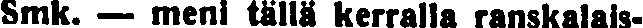
Smk. — meni tällä kerralla ranskalais-